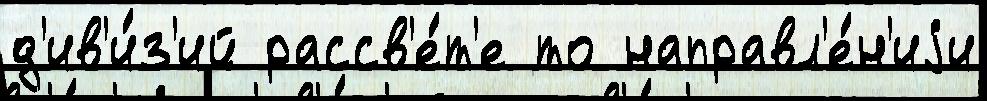
д'ив'и́з'ий рассв'е́т'е то направл'е́н'иjи